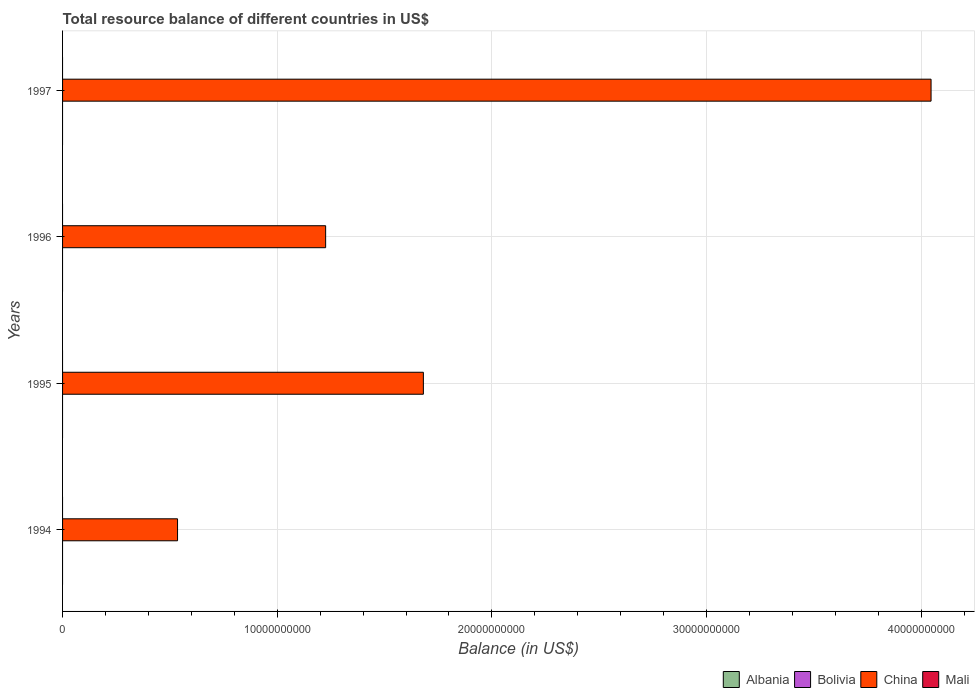
| Years | Albania | Bolivia | China | Mali |
 | --- | --- | --- | --- | --- |
 | 1994 | -5.48e+08 | -3.31e+08 | 5.36e+09 | -3.65e+08 |
 | 1995 | -5.34e+08 | -3.11e+08 | 1.68e+10 | -4.63e+08 |
 | 1996 | -6.9e+08 | -3.47e+08 | 1.23e+10 | -4.1e+08 |
 | 1997 | -5.77e+08 | -6.54e+08 | 4.05e+10 | -2.53e+08 |